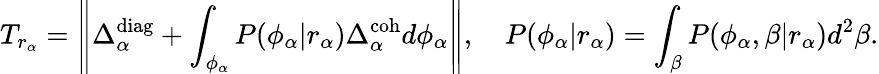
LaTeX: T_{r_{\alpha}}=\left\| \Delta_{\alpha}^{\mathrm{diag}}+\int_{\phi_{\alpha}}P(\phi_{\alpha}|r_{\alpha})\Delta_{\alpha}^{\mathrm{coh}}d\phi_{\alpha}\right\| ,\quad P(\phi_{\alpha}|r_{\alpha})=\int_{\beta}P(\phi_{\alpha},\beta|r_{\alpha})d^{2}\beta.